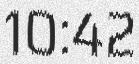
10:42